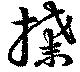
揲